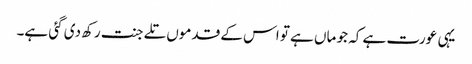
یہی عورت ہے کہ جو ماں ہے تو اس کے قدموں تلے جنت رکھ دی گئی ہے۔